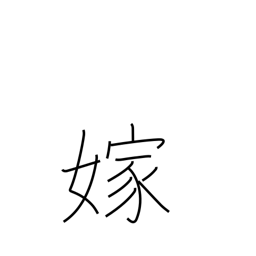
Meaning: marry into